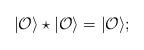
LaTeX: \begin{align*}|{\cal O}\rangle\star|{\cal O}\rangle=|{\cal O}\rangle;\end{align*}